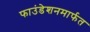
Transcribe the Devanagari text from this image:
फाउंडेशनमार्फत